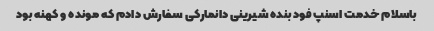
باسلام خدمت اسنپ فود بنده شیرینی دانمارکی سفارش دادم که مونده و کهنه بود